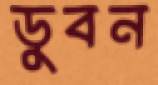
ডুবন